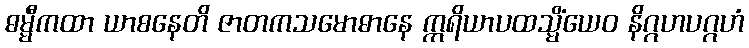
ဓမ္မီကထာ ယာစနေတိ ဇာတကသမောဓာနေ ဣရိယာပထသ္မိံယေဝ နိဂ္ဂဟပဂ္ဂဟံ